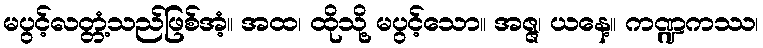
မပွင့်လတ္တံ့သည်ဖြစ်အံ့။ အထ၊ ထိုသို့ မပွင့်သော။ အဇ္ဇ၊ ယနေ့။ ကဏ္ဍကဿ၊